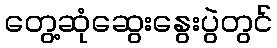
တွေ့ဆုံဆွေးနွေးပွဲတွင်